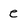
Character: e